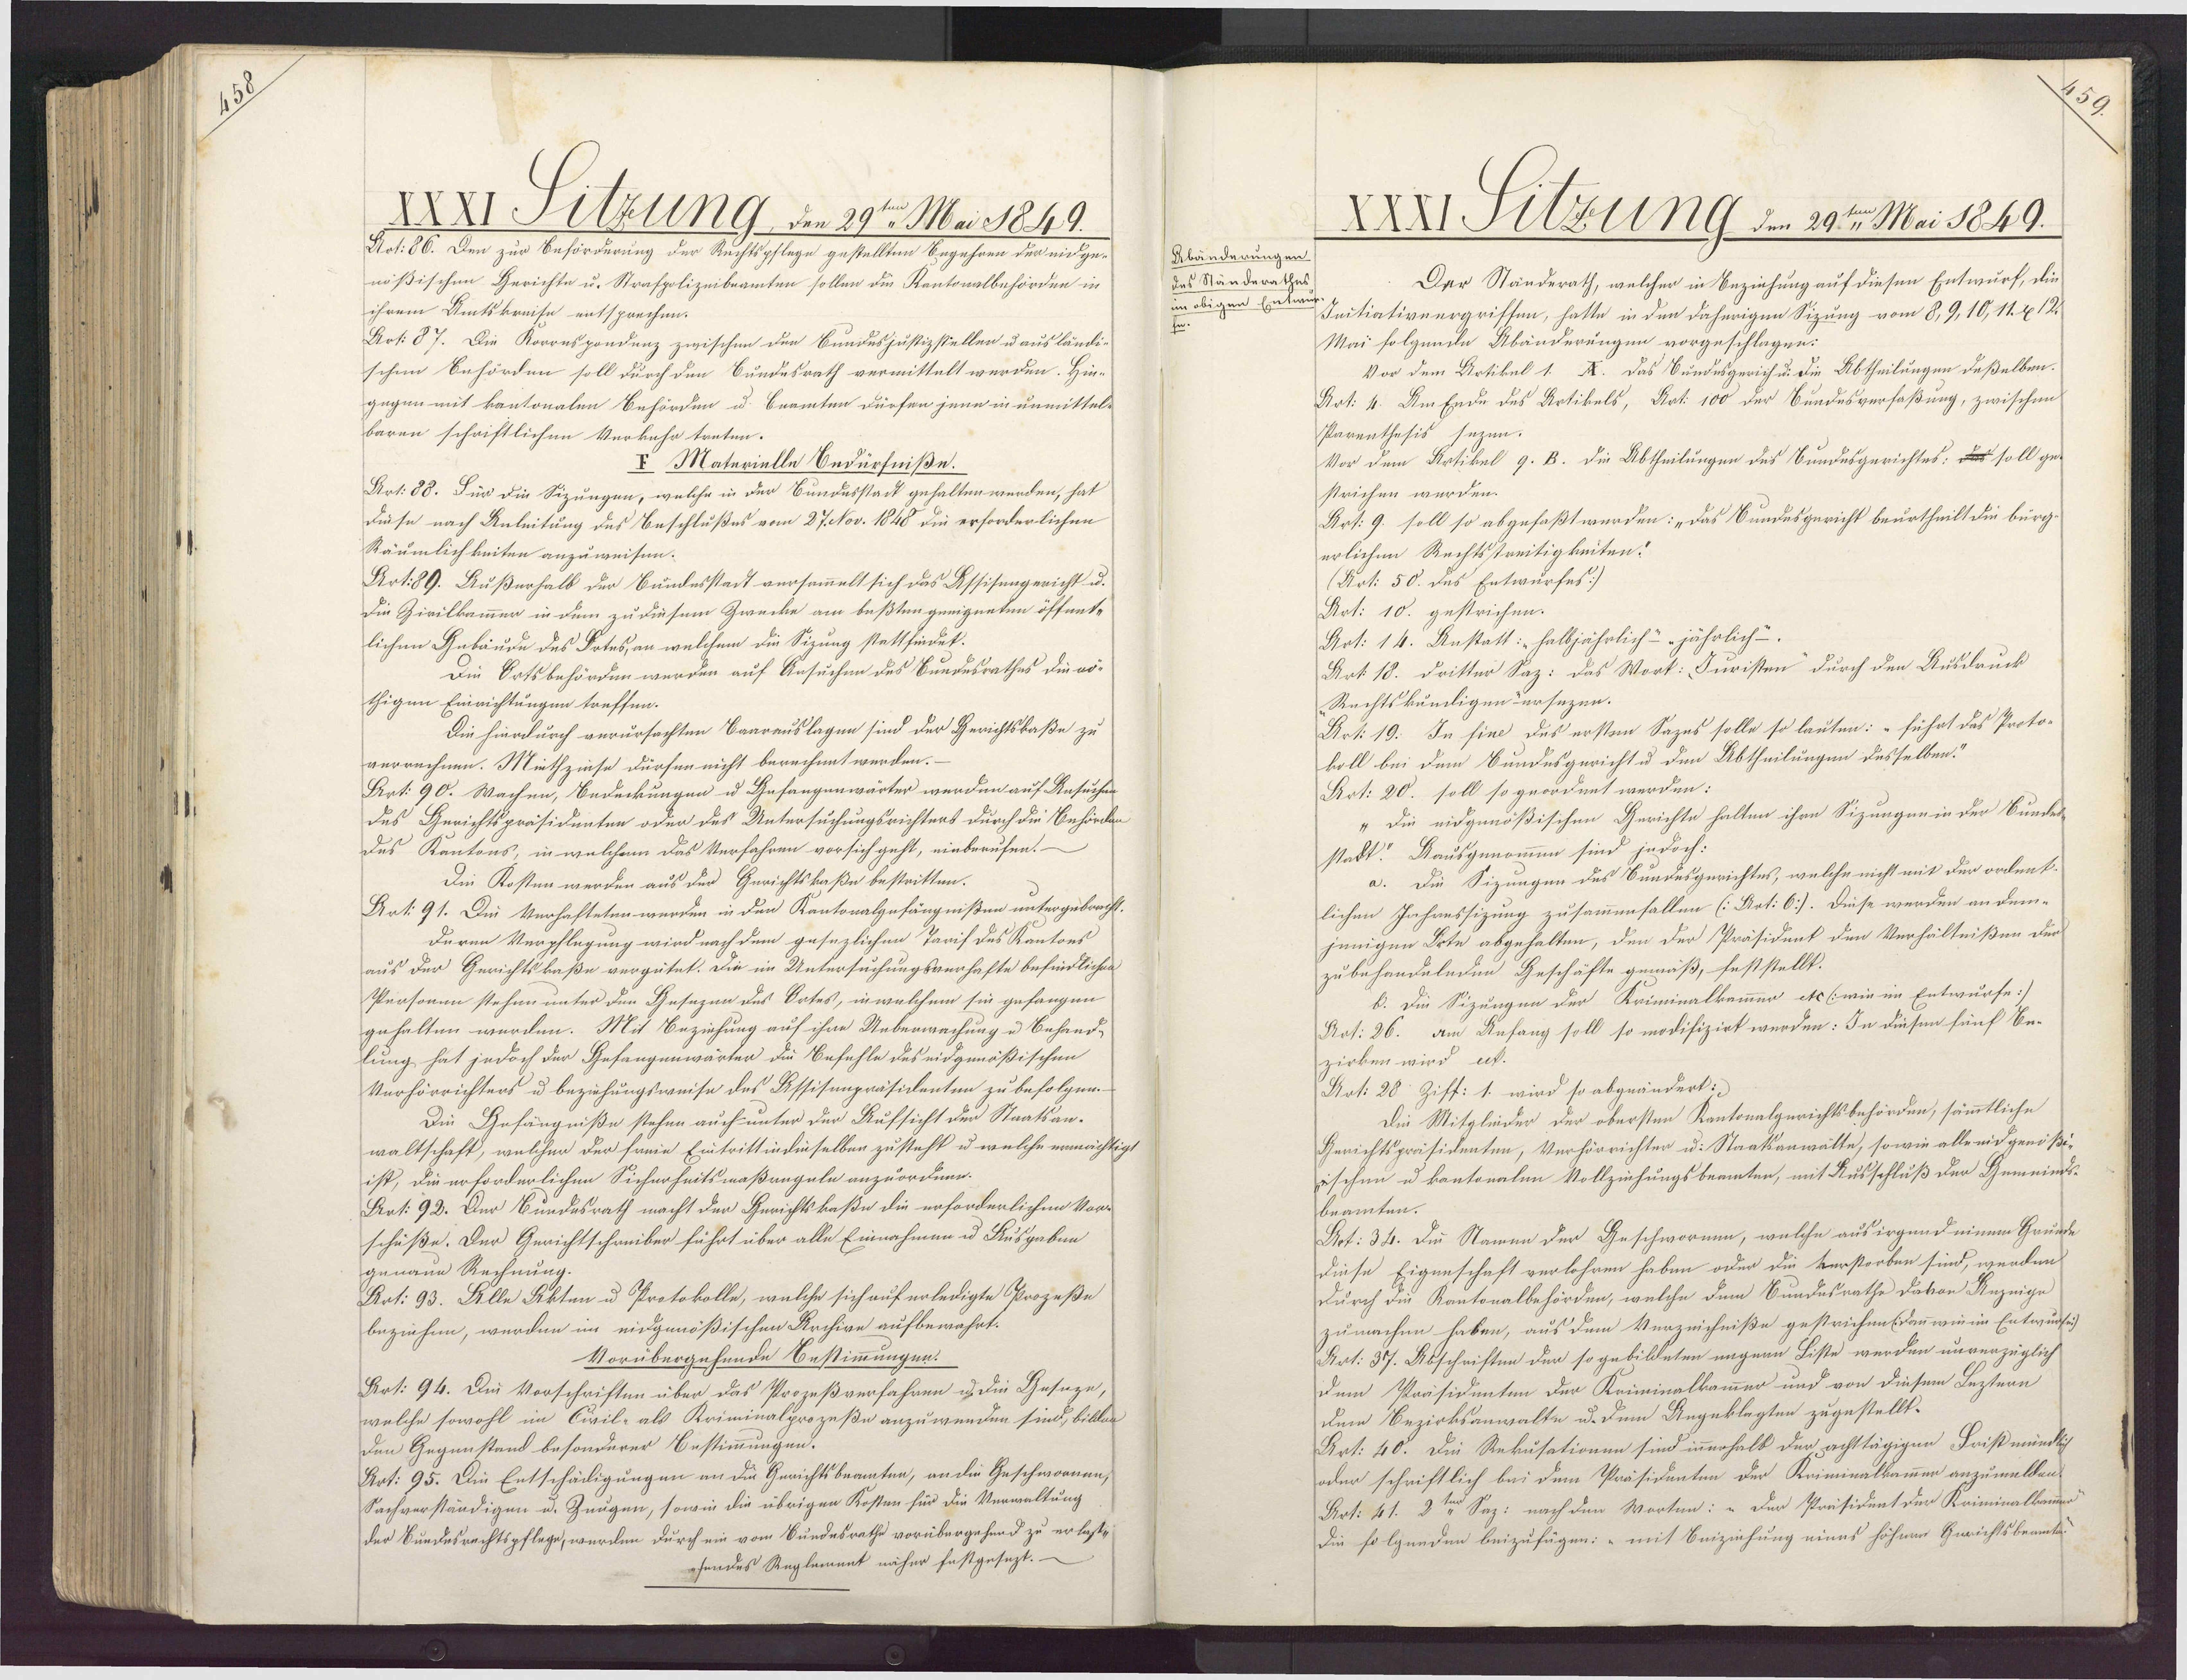
XXXI Silzung, den 29ten Mai 1849.
Art: 86. Den zur Beförderung der Rechtspflege gestellten Begehren der eidge¬
nößischen Gerichte u. Strafpolizeibeamten sollen die Kantonalbehörden in
ihrem Amtskreise entsprechen.
Art: 87. Die Korrnspondenz zwischen den Bundesjustizstellen u ausländi¬
schen Behörden soll durch den Bundesrath vermittelt werden. Hin¬
gegen mit kantonalen Behörden u. Beamten dürfen jene in unmittel¬
baren schriftlichen Verkahr treten.
I Materielle Bedürfniße.
Art. 88. Für die Sizungen, welche in der Bundesstack gehalten werden, hat
Diese nach Anleitung des Beschlußes vom 27. Nov. 1848 die erforderlichen
Räumlichkeiten anzuweisen.
Art. 89. Außerhalb der Bundesstadt versammelt sich das Assisengericht u.
Die Zivilkammer in dem zu diesem Zwecke am beßten geeigneten öffnnte
lichen Gebäude des Botes, an welchem die Sizung stattfindet.
Die Ortsbehörden werden auf Ansuchen des Bundesrathes die vö¬
thigen Einrichtungen treffen.
Die hierdurch verursachten Baarauslagen sind der Gerichtskaße zu
verrechnen. Miethzinse dürfen nicht berechnet werden.–
Art: 90. Wachen, Bedeckungen u Gefangenwärter werden auf Ansuchen
des Gerichtspräsidenten oder des Untersuchungsrichters durch die Behörden
des Kantons, in welchem das Verfahren vorsich geht, einberufen.
Die Kosten werden aus der Gerichtskaße bestritten.
Art: 91. Die Verhafteten werden in den Kantonalgefängnißen untergebracht.
Deren Verpflegung wird nach dem gesezlichen Tarif des Kantons
aus der Gerichtskaße vergütet. Die im Untersuchungsverhafte befindliches
Persomen stehen unter den Gesezen des Ortes, in welchem sie gefangen
gehalten werden. Mit Beziehung auf ihne Ueberwachung u Behand-
lung hat jedoch der Gefangenwärter die Befehle des eidgenößischen
Verhörrichters u beziehungsweise des Assisenpräsidenten zu befolgen.
Die Gefängniße stehen auch unter der Aufsicht der Staatsan-
waltschaft, welcher der freie Eintrittin dinselben zusteht u welche ermächtigt
ist, die erforderlichen Sicherheitsmaßregeln anzuordnen.
Aat: 92. Der Bundesrath macht der Gerichtskaße die erforderlichen Vor¬
schüße. Der Gerichtschreiber führt über alle Einnahmen u Ausgaben
genaue Rechnung.
Art: 93. Alle Akten u Protokolle, welche sich auf erledigte Prozeße
beziehen, werden im eidgenößischen Archive aufbewährt.
Vorübergehende Bestimmungen.
Art: 94. Die Vorschriften über das Prozeßverfahren u. die Gesaze,
welche sowohl im Civil- als Kriminalprozeße anzuwenden sind, biblan
den Gegenstand besonderer Bestimmungen.
Art: 95. Din Entschädigungen an die Gerichtsbeamten, an die Geschwornen,
Sachverständigen u. Zeugen, sowie die übrigen Kosten für die Verwaltung
der Bundesrechtspflege, werden durch ein vom Bundesrathe vorübergehend zu erlase
fendes Reglement näher festgesezt.

XXXI Szung den 29ten Mai 1849.
Abänderungen
des Ständerathes
Der Ständerath, welcher in Beziehung auf diesen Entwurf, die
a obigen Erten Suitiativnergriffen, hatte in den daherigen Sizung vom 8,9,10,11. &12
Mai folgende Abänderungen vorgeschlagen:
Vor dem Artikel 1. X. Das Bundesgerich u: die Abtheilungen deßelben.
Art: 4. Am Ende des Artikels, Art. 100 der Sundesverfaßung, zwischen
Parenthesis sezen.
Vor dem Artikel g. B. die Abtheilungen des Bundesgerichtes: s soll ge-
strichen werden.
Art. 9. soll so abgefaßt werden: „das Bundesgericht beurtheilt die bürg
erlichen Rechtsstreitigkeiten:
(Art: 50. des Entwurfes/
Art: 10. gestrichen.
Art: 14. Anstatt: "halbjährlich- „jährlich-.
Art. 18. dritter Saz: das Wort: Juristen durch den Ausdruck
Rechtskundigen"ursezen.
Art: 19. In fine des ersten Sazes solle so lauten: "führt das Proto-
koll bei dem Bundesgericht u den Abtheilungen desselben“
Art: 20. soll so geordnet werden:
"Die eidgenößischen Gerichte halten ihre Sizungen in der Bundes
stabt! Kausgenommen sind jedoch:
a. Die Sizungen des Bundesgerichtes, welche nicht mit der ordent-
lichen Jahressizung zusammenfallen (:Art: 6]. Diese werden an dem-
jnnigen Orte abgehalten, den der Präsident den Verhältnißen der
zubehandelnden Geschäfte gemäß, feststellt:
b. Die Sizungen der Kriminalkammer etc (wie im Entwurfe:/
Rot: 26. am Anfang soll so modifizirt werden: In diesen fünf Be-
zirken wird ut.
Art: 28. Ziff: 1. wird so abgeändert:
Die Mitglieder der obersten Kantonalgerichtsbehörden, sämmtliche
Gerichtspräsidenten, Verhörrichter u: Staatsanwälte, sowie alleeidgenößi-
ischen u kantonalen Vollziehungsbeamten, mit Ausschluß der Gemeinds-
beamten.
Art: 34. Die Namen der Geschwormen, welche ausirgend einem Grunde
diese Eigenschaft verlohren haben oder die verstorben sind, werden
Durch die Kantonalbehörden, welche dem Bundesrathe davon Anzeige
zumachen haben, aus dem Verzeichniße gestrichen (dan wie im Entwursich
Art: 37. Abschriften der so gebildeten negenn Liste werden unverzüglich
dem Präsidenten der Kriminalkammer und von diesem Leztern
dem Bezirksanwalte u. dem Angeklagten zugestellt.
Art: 40. Die Rekusationen sind innerhalb der achttägigen Fristmündlich
oder schriftlich bei dem Präsidenten der Kriminalkammen anzumelden.
Rot: 41. 2 " Saz: nach den Worten: „ Der Präsideat der Kriminalkammr
Die folgneden beizufügen: "mit Beiziehung eines höhnen Gerichtsbeamke